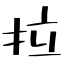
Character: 拉